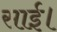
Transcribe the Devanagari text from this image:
साई।